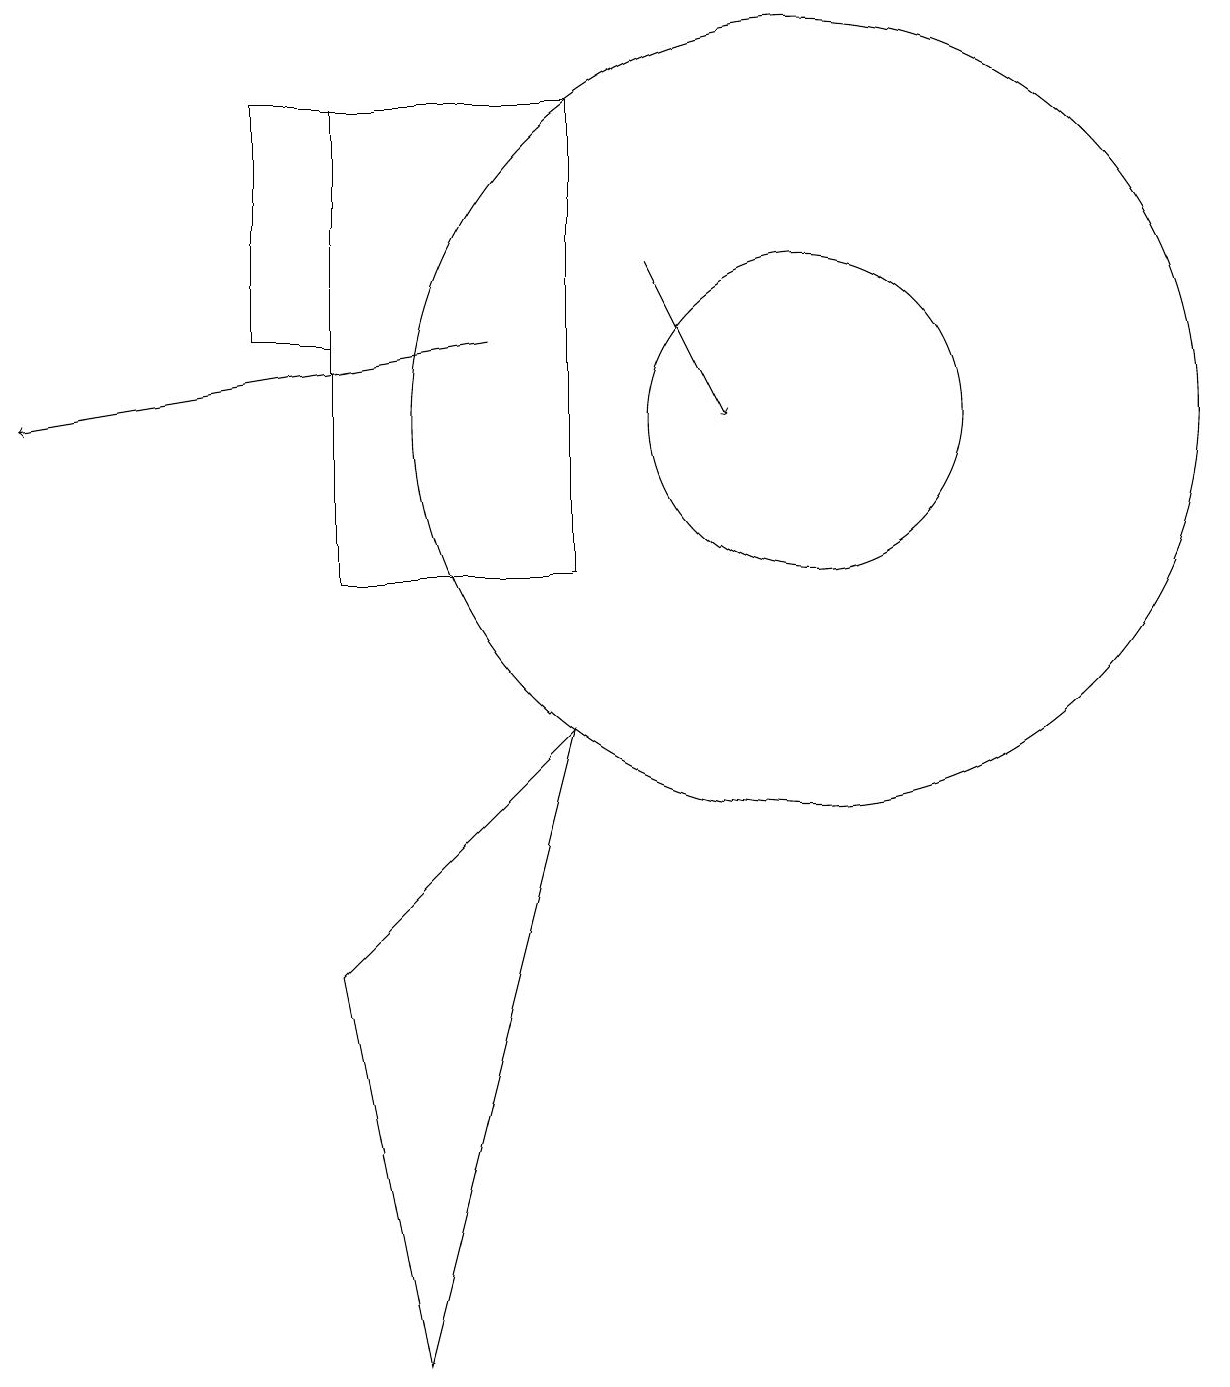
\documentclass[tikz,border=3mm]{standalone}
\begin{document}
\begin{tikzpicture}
\draw[->] (8,14) -- (9,12);
\draw[->] (6,13) -- (0,12);
\draw (7,16) rectangle (4,10);
\draw (10,12) circle (5);
\draw (4,13) rectangle (3,16);
\draw (10,12) circle (2);
\draw (7,8) -- (4,5) -- (5,0) -- cycle;
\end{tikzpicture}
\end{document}